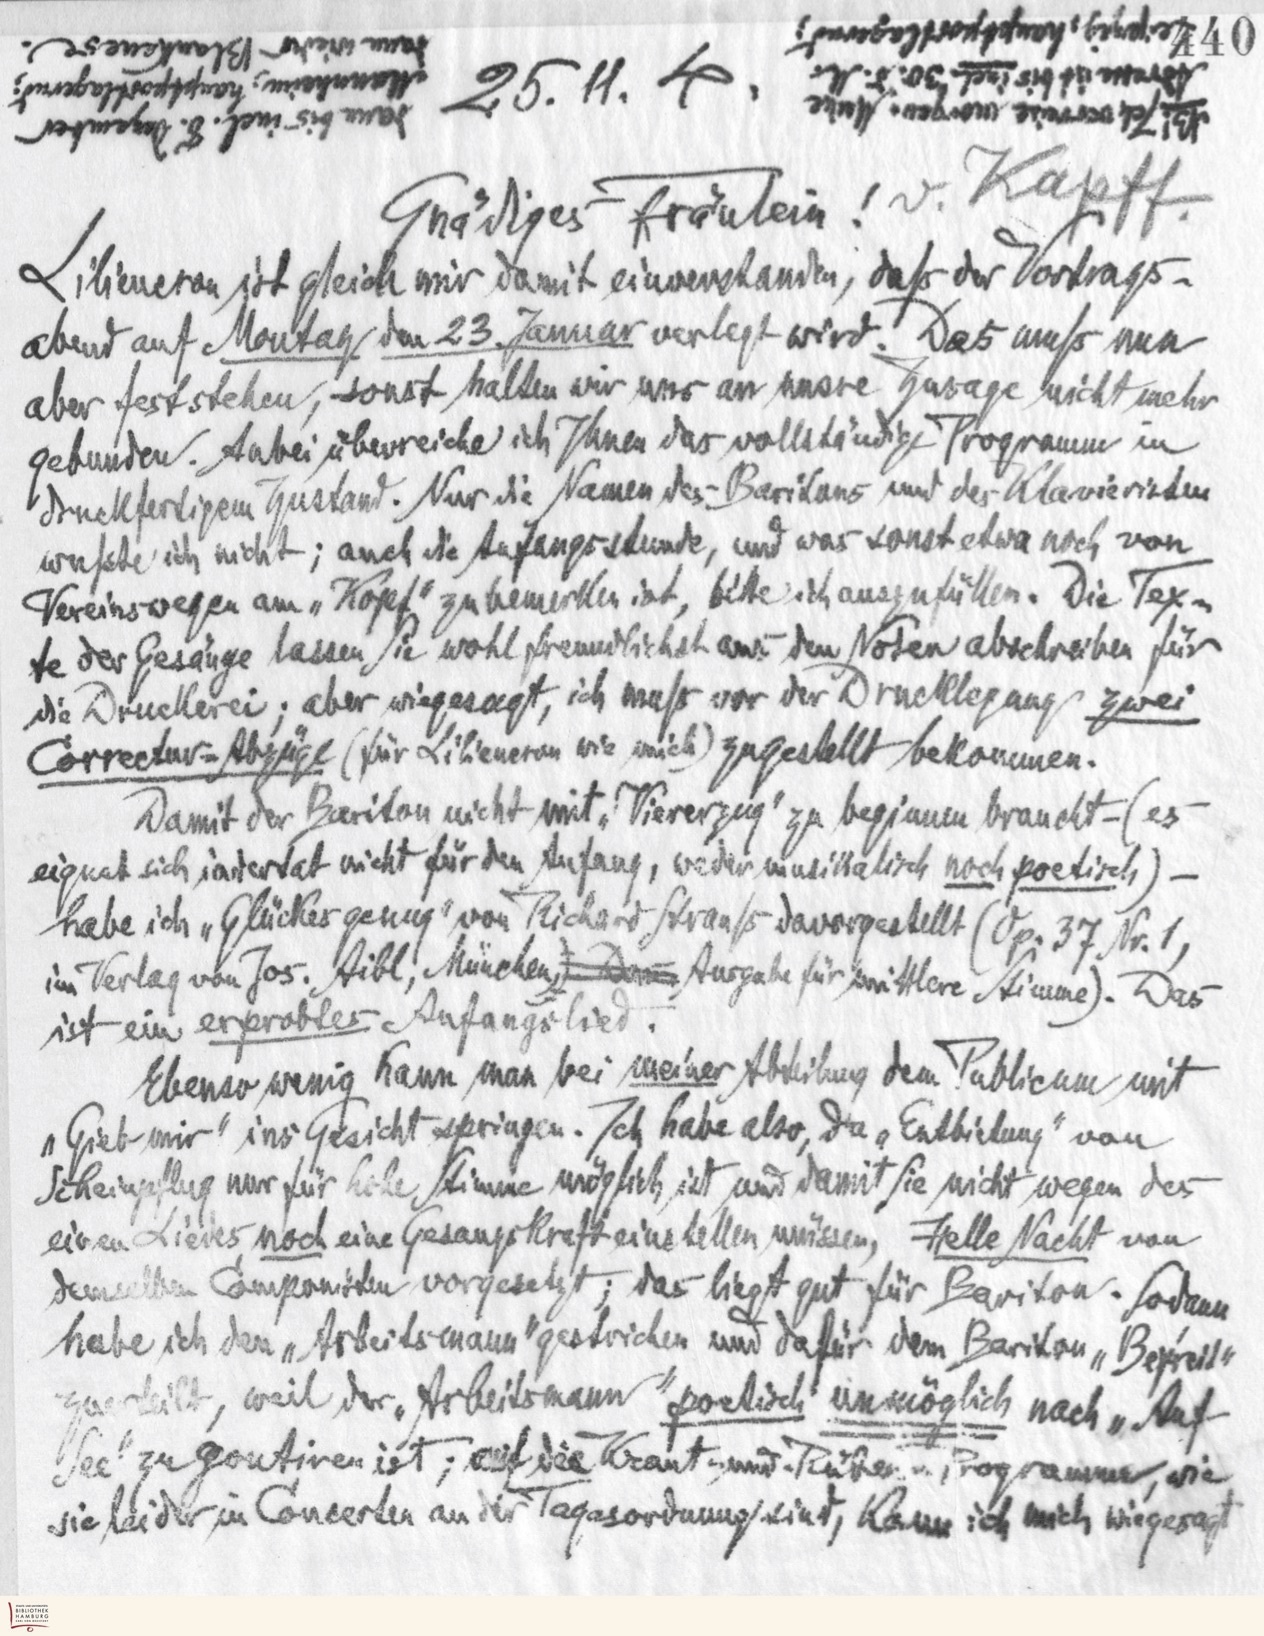
Leipzug, hauptpostlgernd,
dann wieder Blankenese.
Adresse ist bis incl. 30. d. M.
25.11. 4.
Mannheim, hauptpostlagernd;
NB! Ich verreise morgen Meine
dann bis incl. 8. Dezember

v. Kapff
Gnädiges Fräulein !
Liliencron ist gleich mir damit einverstanden, daß der Vortrags-
abend auf Montag den 23. Januar verlegt wird. Das muß nun
aber feststehen, sonst halten wir uns an unsre Zusage nicht mehr
gebunden. Anbei überreiche ich Ihnen das vollständige Programm in
druckfertigen Zustand. Nur die Namen des Baritons und des Klavieristen
wußte ich nicht; auch die Anfängerstunde, und was sonst etwa noch von
Vereinswegen am „Kopf” zu bemerken ist, bitte ich auszufüllen. Die Tex-
te der Gesänge lassen Sie wohl freundlichst aus den Noten abschreiben für
die Druckerei; aber wie gesagt, ich muß vor der Drucklegung zwei
Correctur-Abzüge (für Liliencron wie mich) zugestellt bekommen.
Damit der Bariton nicht mit „Viererzug” zu beginnnen braucht (es
eignet sich indertat nicht für den Anfang, weder musikalisch noch poetisch) -
habe ich „Glückes genug” von Richard Strauß davorgestellt (Op. 37 Nr.1,
37. Nr. 1,
im Verlag von Jos. Aibl, München) Ausgabe für mittlere Stimme). Das
ist ein erprobtes Anfangslied.
Ebenso wenig kann man bei meiner Abteilung dem Publicum mit
„Gieb mir” ins Gesicht springen. Ich habe aber, da „Entbietung” von
Scheinpflug nur für hohe Stimme möglich ist und damit Sie nicht wegen des
einen Liedes noch eine Gesangskraft einstellen müssen, Helle Nacht von
demselben Componisten vorgesetzt; das liegt gut für Bariton. Sodann
habe ich den „Arbeitsmann” gestrichen und dafür dem Bariton „Befreit”
zugeteilt, weil der „Arbeitsmann” poetisch unmöglich nach „Auf-
See” zu goutiren ist; auf die Kraut und Rüben , Programm, wie
sie leider in Concerten an der Tagesordnung sind, kann ich mich wie gesagt